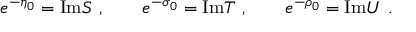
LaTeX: e ^ { - \eta _ { 0 } } = \mathrm { I m } S \ , \qquad e ^ { - \sigma _ { 0 } } = \mathrm { I m } T \ , \qquad e ^ { - \rho _ { 0 } } = \mathrm { I m } U \ .